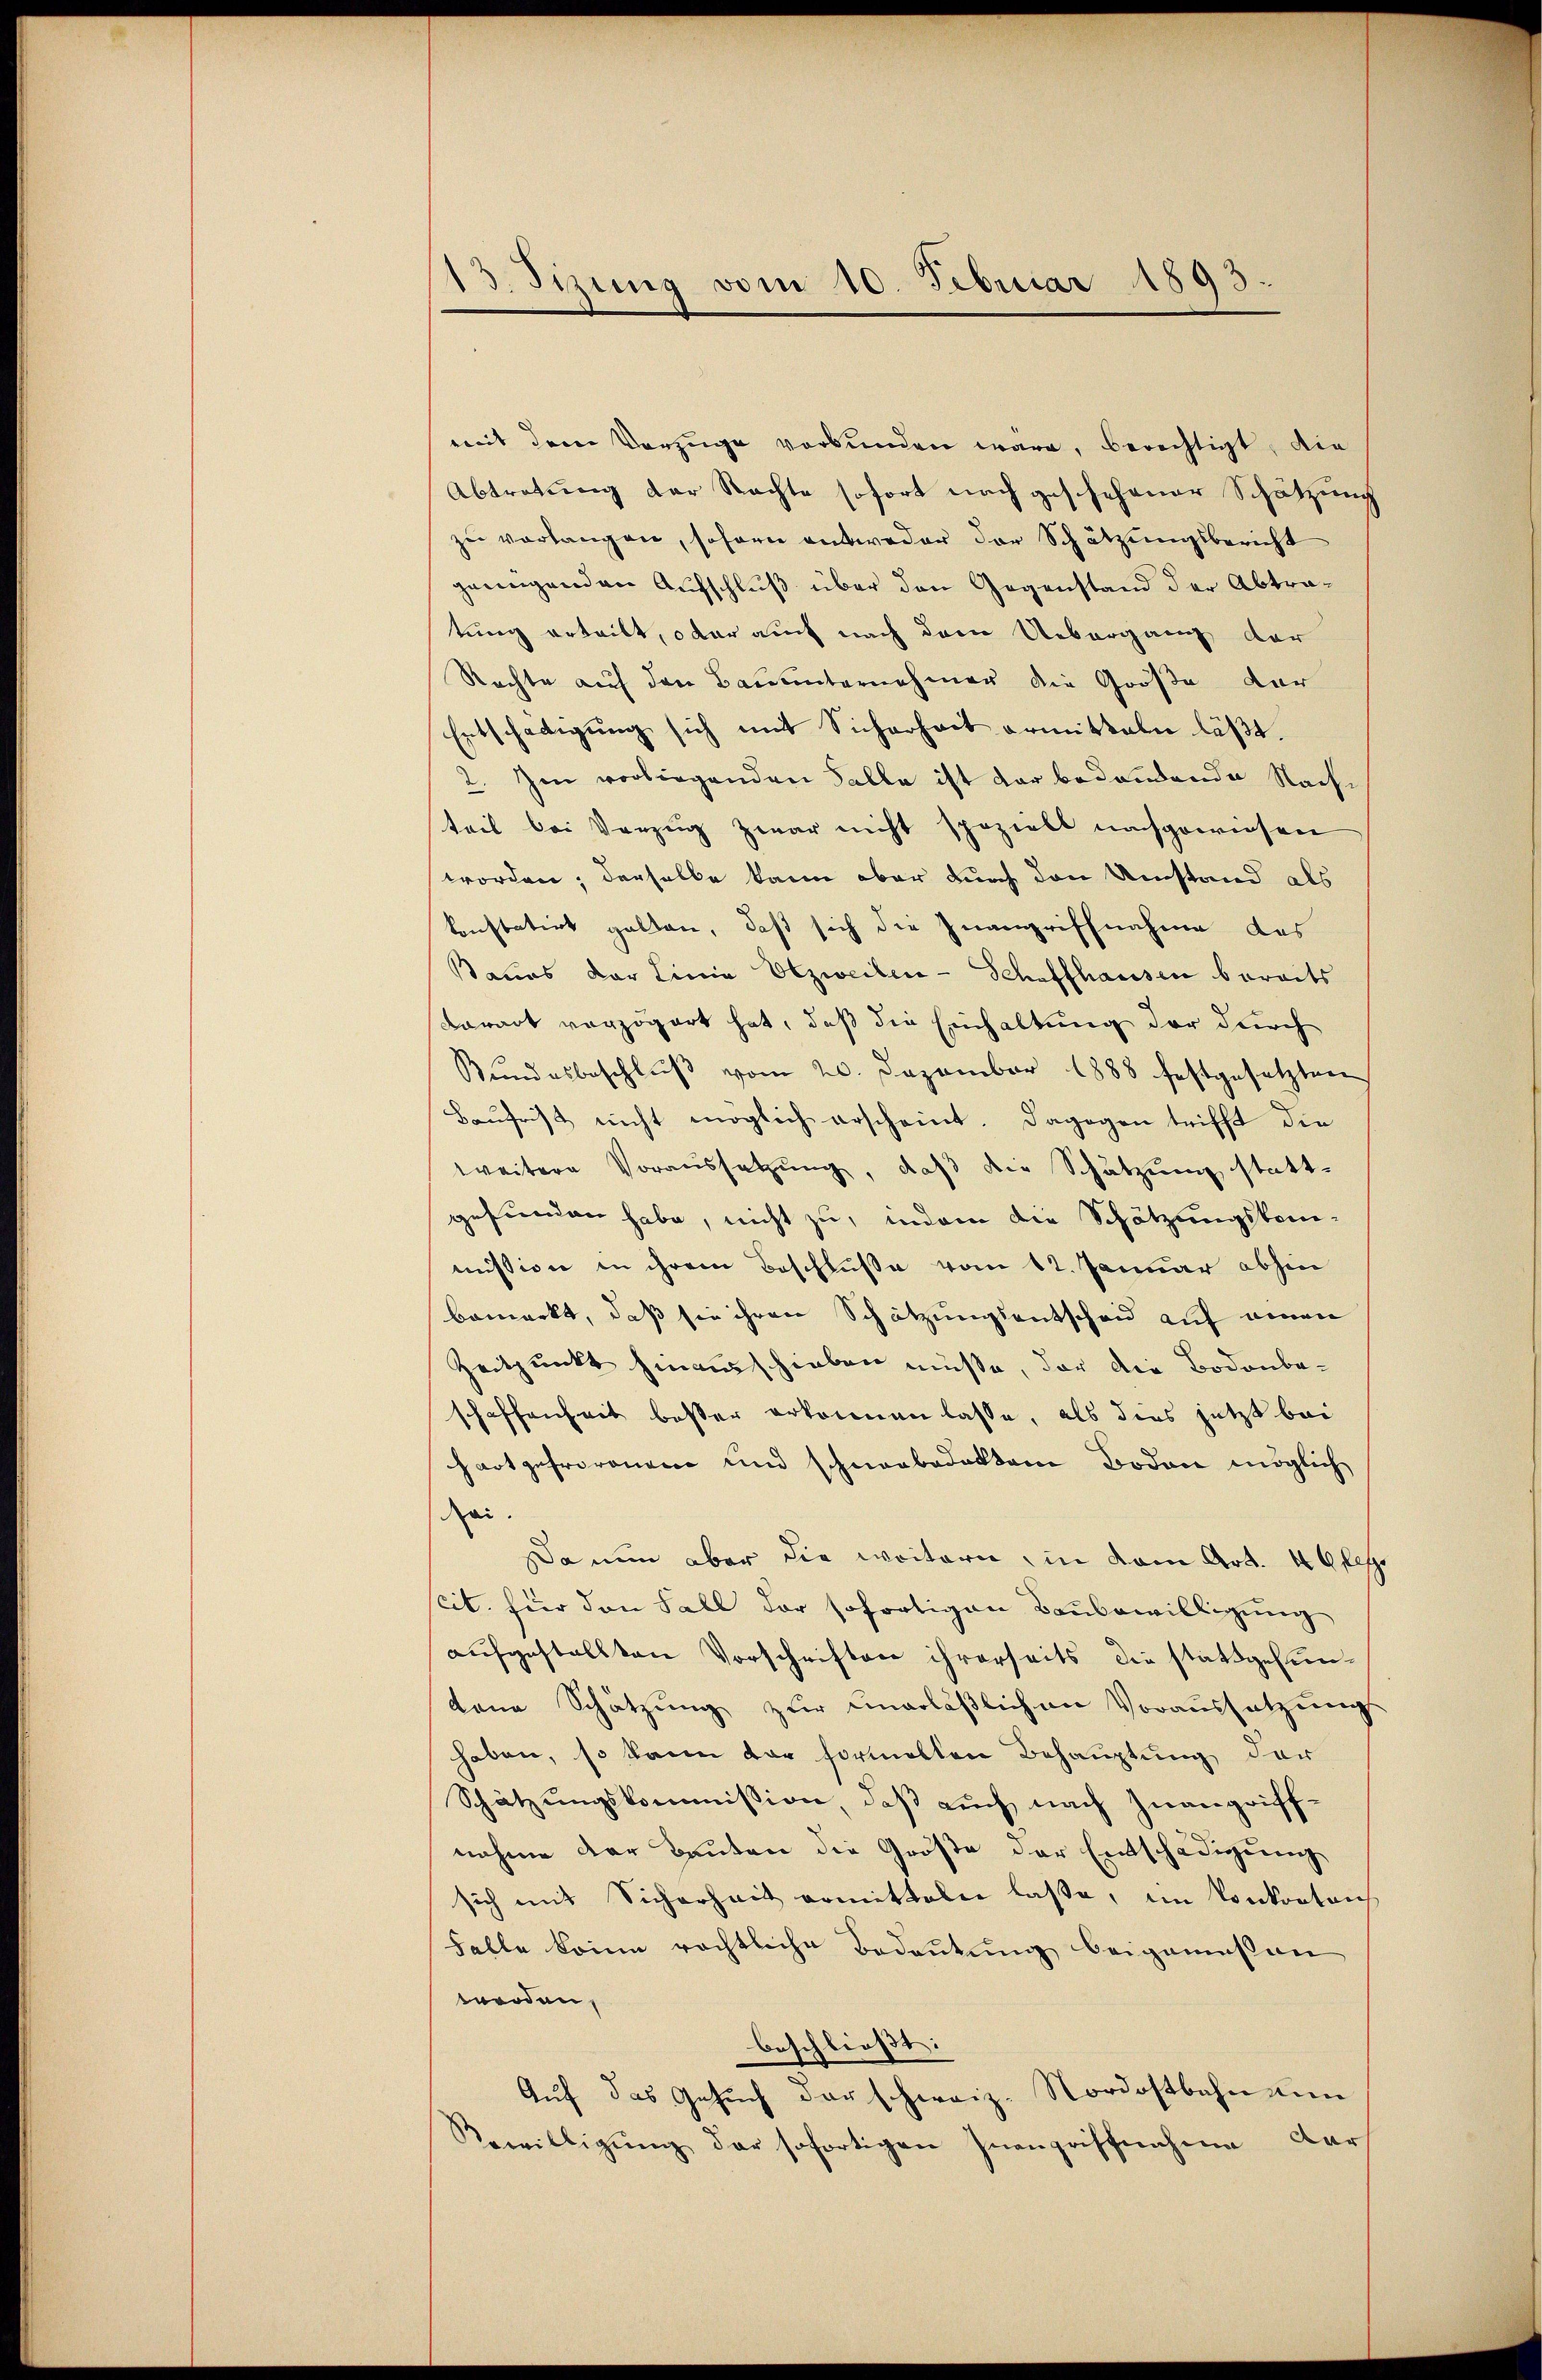
13. Sizung vom 10. Februar 1893

mit dem Vorzüge verbunden wäre, berechtigt, die
Abtretung der Nachte sofort nach geschehener Schätzung
zu verlangen, sofern entweder der Schätzungsbericht
genügenden Aufschluß über den Gegenstand der Abtratung erteilt, oder auch nach drei Uebergang der
Rachte auf den Bauunternehmer die Größe der
Entschädigung sich mit Sicherheit ermitteln läßt.
2. Im vorliegenden Falle ist dar bedendende Nach-
teil bei Vorzug zwar nicht spezielt nachgewiesen
worden; derselbe kann aber durch den Umstand als
konstatirt galten, daß sich die Inangriffnahme das
sanus der Linie Obzweiben - Schaffhausen bereits
Caract verzögert hat, daß die Einhaltung der durch
Bŭndesbeschlŭβ vom 20. Dezember 1888 festgesetzten
Baufrist nicht möglich erscheint. Dagegen trifft die
weitere Voraussetzŭng, daβ die Schätzung stattgefunden habe, nicht zu, indem die Schätzungskom-
mission in ihrem Beschluße vom 12. Januar abhin
bemerkt, daß sie ihren Schätzungsentscheid auf einen
Zeitpunkt hinausschieben müsse, der die Bodenbe-
schaffenheit besser erkennen lasse, als dies jetzt bei
hart gefrorenen und schneebedektem Boden möglich
ei.
a nun aber die weitern in vom Art. 46 ff.
cit. für den Fall der sofortigen Baubewilligung
aufgestellten Vorschriften ihrerseits die stattgefuntene Schätzung zur unerläßlichen Voraussetzung
haben, so kann der formelten Behauptung der
Schätzungskommission, daß auch nach Inangriffnahme der Bauten die Größe der Entschädigung
sich mit Sicherheit armitteln lasse, im Konkontrich
Falle könne rechtliche Bedeutung beigemessen
worden,
beschließt:
Auf das Gesuch der schweiz. Nordostbahn unn
Bewilligŭng der sofortigen Inangriffnahme darf